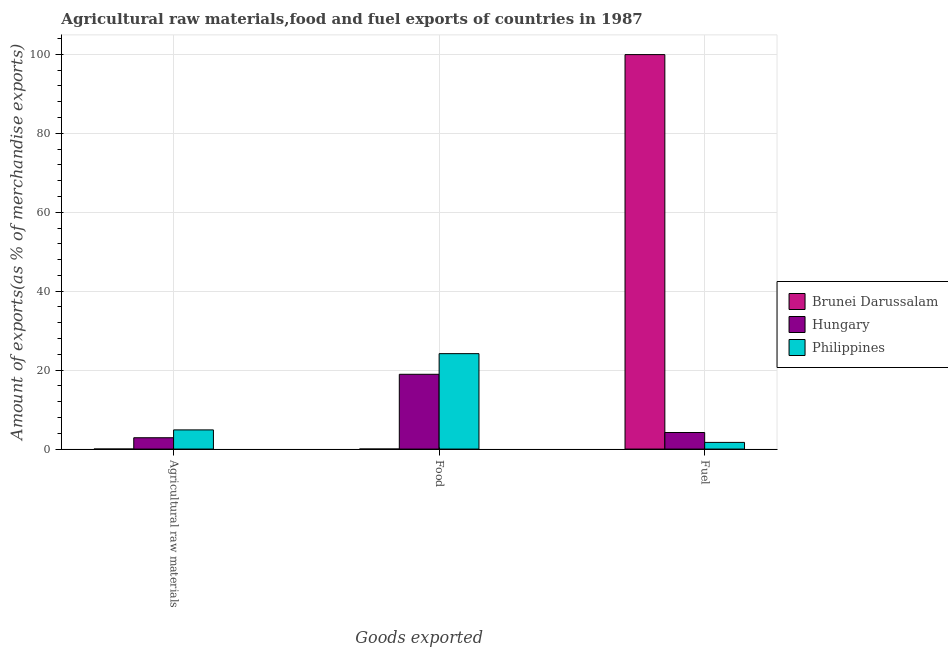
| Goods exported | Brunei Darussalam | Hungary | Philippines |
 | --- | --- | --- | --- |
 | Agricultural raw materials | 0.00671 | 2.87 | 4.86 |
 | Food | 0.00357 | 19 | 24.2 |
 | Fuel | 100 | 4.2 | 1.69 |